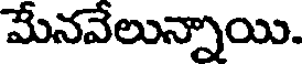
మేనవేలున్నాయి.